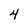
Character: 4